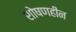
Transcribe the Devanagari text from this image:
शोषणहीन